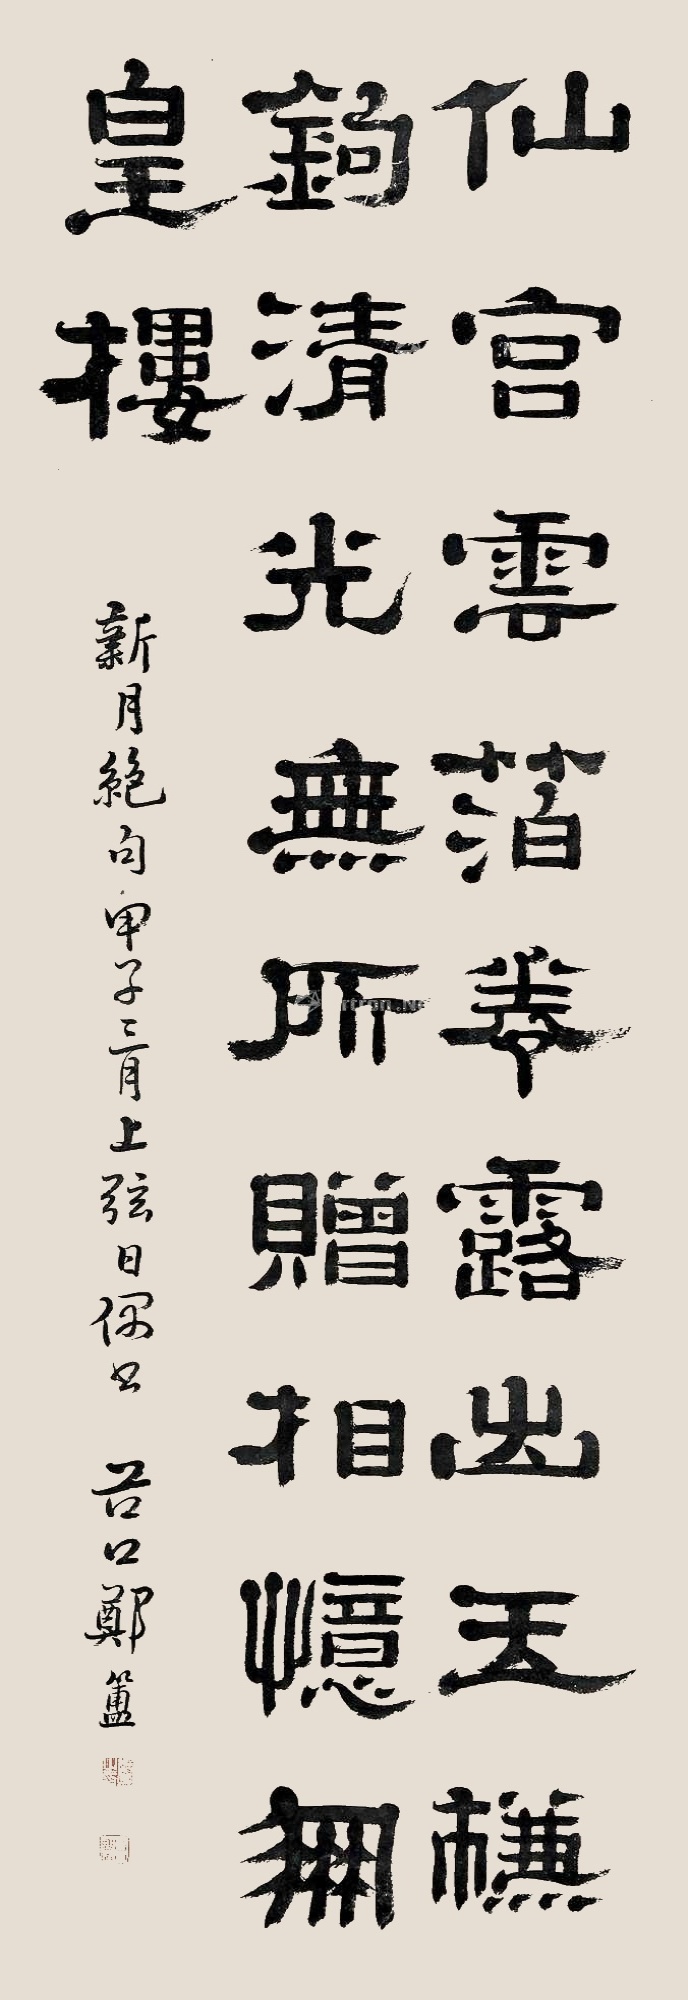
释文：仙宫云箔卷，露出玉槏钩。清光无所赠，相忆凤皇楼。新月绝句，甲子三月上弦日偶书。谷口郑簠。